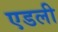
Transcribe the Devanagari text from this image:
एडली